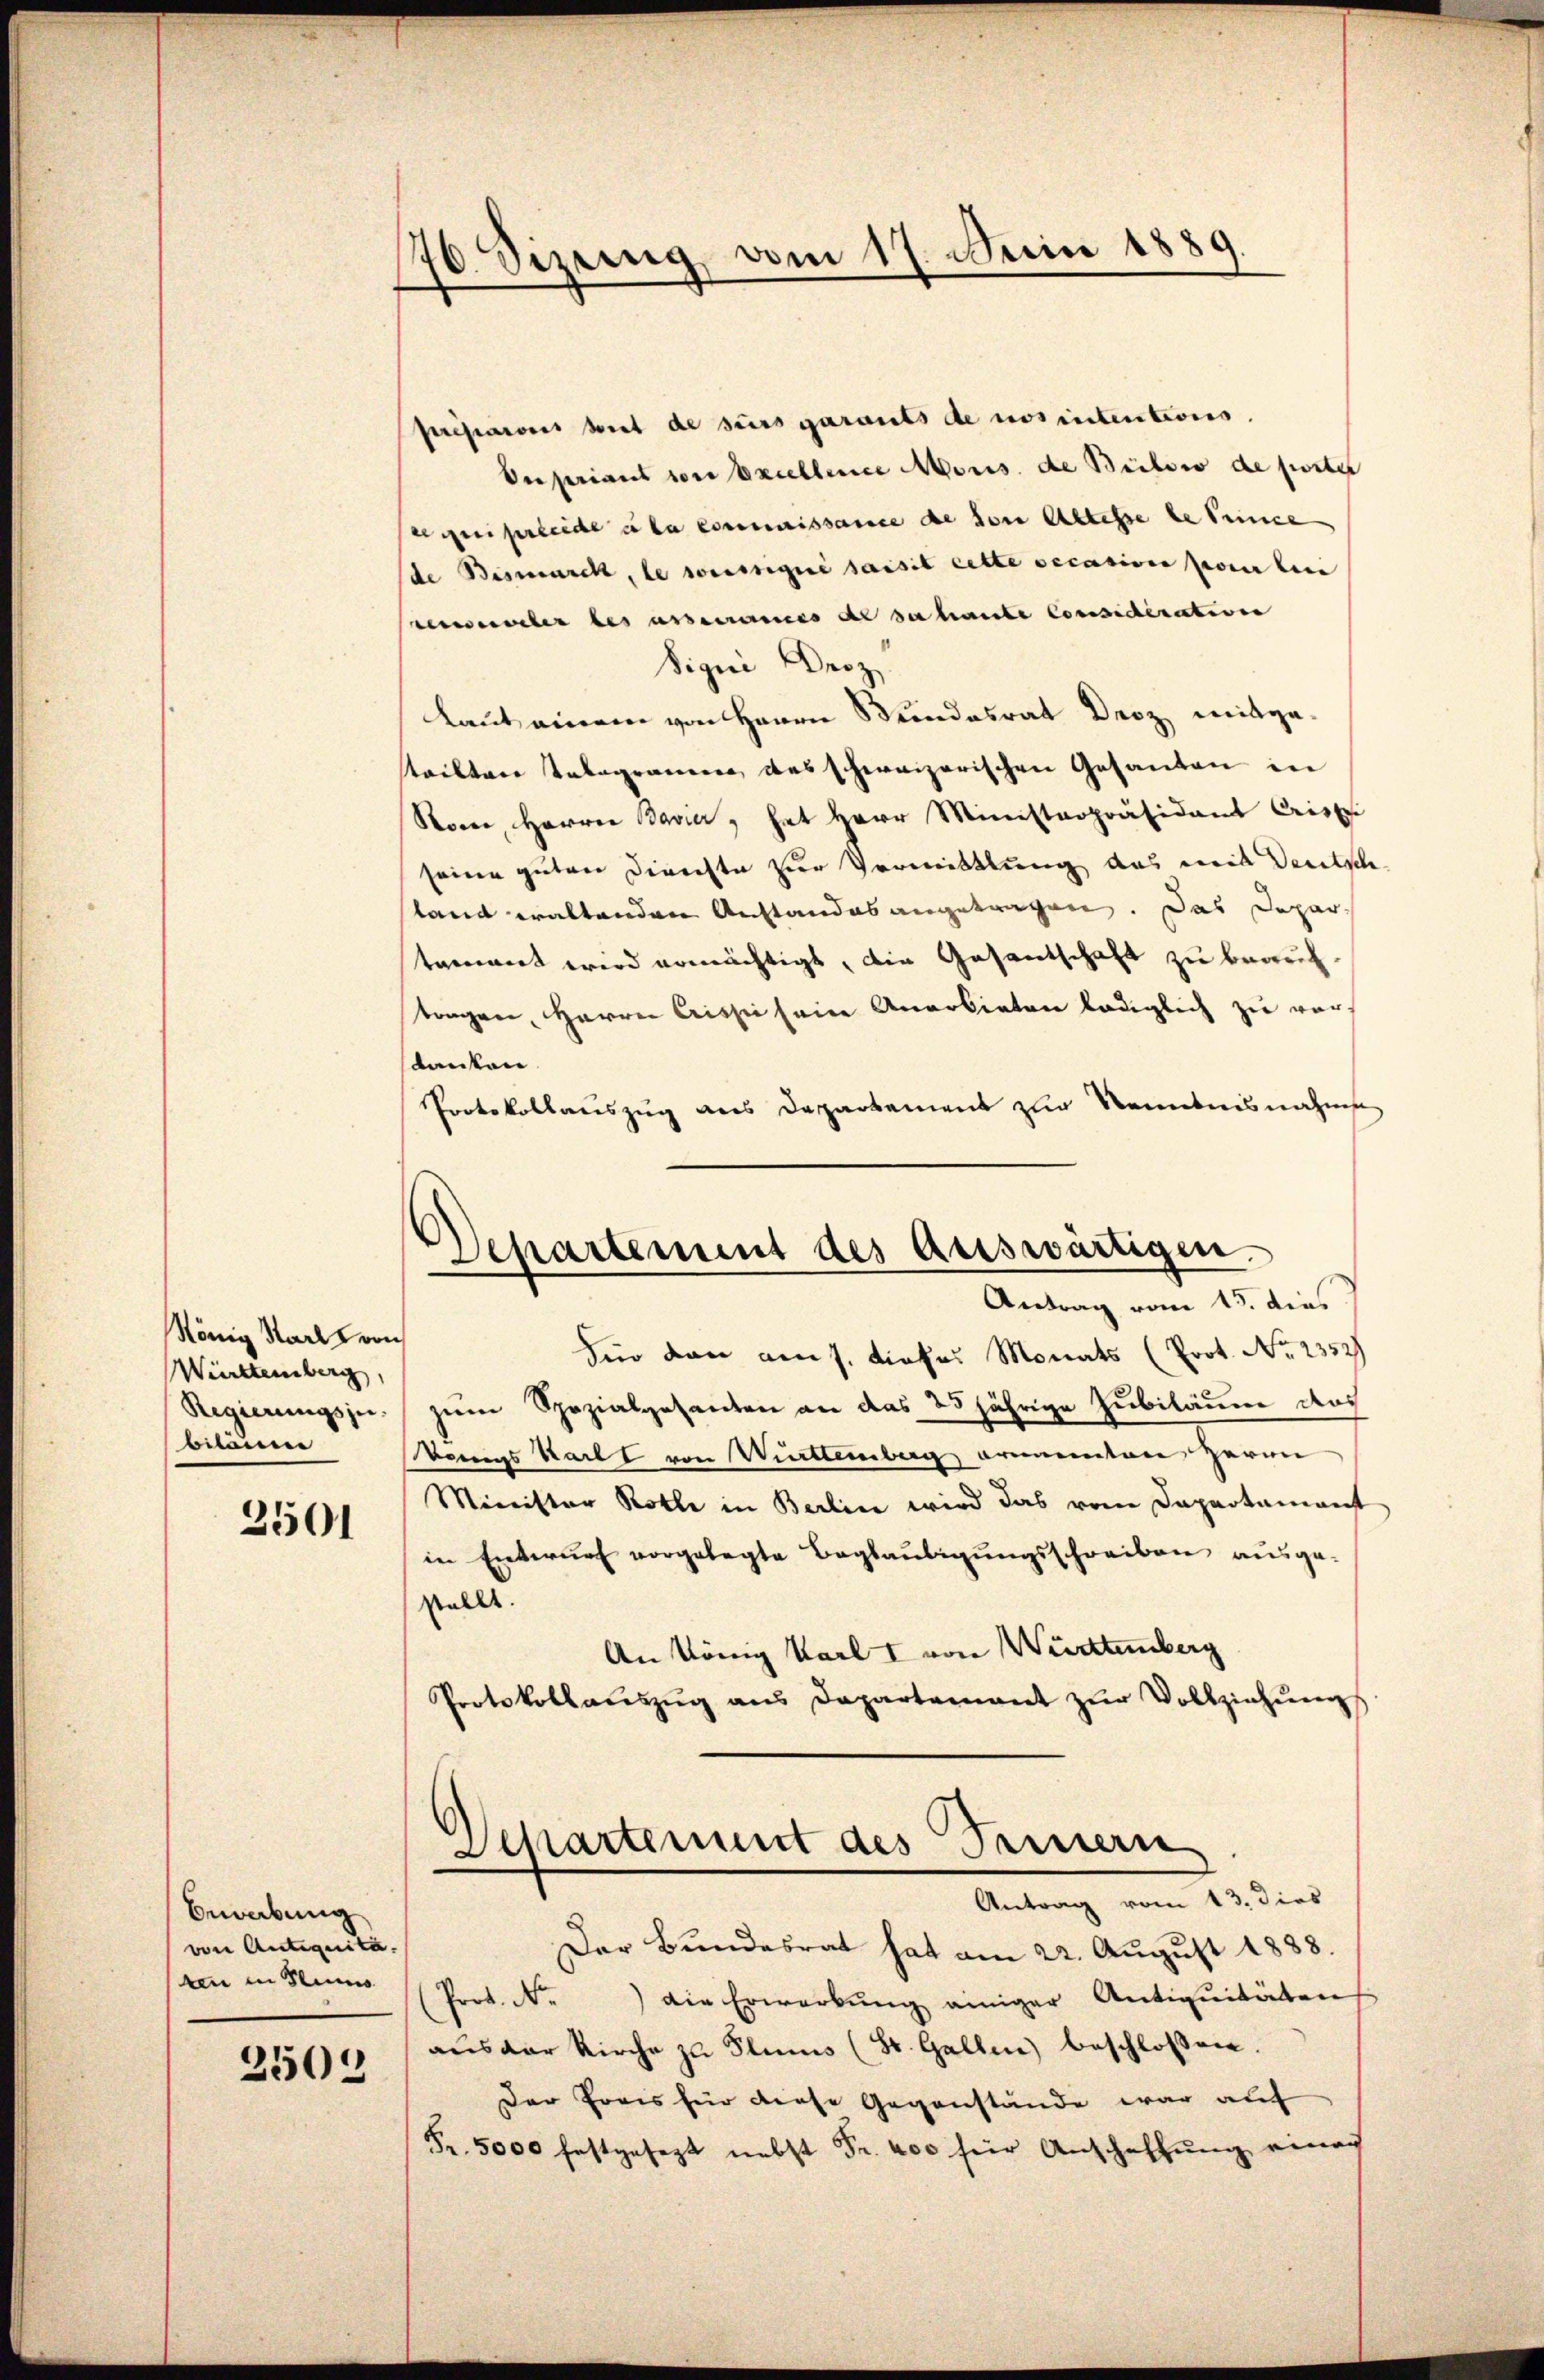
König Karl von
Württemberg,
Regierungsje.
bitanen

2501

bewerbung
von Antiquita.
ten in Glins
2509

176. Sizung vom 17. Juin 1889

Separtement des Artswärtigen.
Antrag vom 15. dies

Presianonis biet de surs garants de nos intentions.
Desarians von Excellence Mons. de Bülow de poster
se geiserleide la commissance de von Abtesse de seine
de Bismarch, le sousiqué saisit cette secasion pour ein
vederveler des asseres der der haute Considérativen
sigen Droz.
Laut einem von Herrn Stundesrat Droz mitge-
teilten Telegramen das schweizerischen Gesanden in
Rom, Herrn Bavier, hat Herr Ministerpräsidant Criste
seine guten Direchte zur Vermittlung das mit Deutsch
land waltenden Anstandes angetragen. Das Depar
tamiert wird ermächtigt, die Gesantschaft zu begehtragen, Herrn Crisse seine Anerbieten lediglich zu vor
danken.
Protokollauszug aus Departement zur Kenntnisnahme
Für den am 7. dieses Monats (Prot. No 1352)
zum Spezialgesanten an das 25 jährige Jubiläume das
Voings Hartl von Witteinberg ernannten Herrn
Minister Rolle in Berlin wird das vom Departamenst
in Entwurf vorgelegte Beglaubigungsschreiben ausge-
stalls.
An König Karl I von Württemberg
Protokollaŭszŭg ans Departement zŭr Vollziehŭng
Departement des Seinern
Antrag vom 13. dies
Der Bundesrat hat am 22. August 1888.
Prot. N. die Erwerbŭng einiger Antiquitäten
aŭs der Kirche zŭ Plums (St. Gallen) beschlossen.
Der Preis für diese Gegenstände war auf
Fr. 5000 festgesezt nebst Fr. 400 für Anschaffung einach